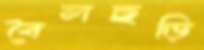
বৈলছড়ি